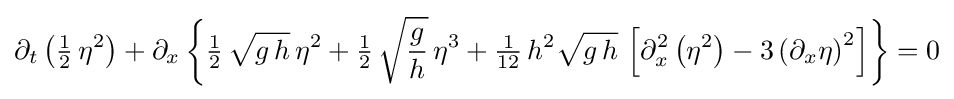
\partial _{t}\left({\tfrac {1}{2}}\,\eta ^{2}\right)+\partial _{x}\left\{{\tfrac {1}{2}}\,{\sqrt {g\,h}}\,\eta ^{2}+{\tfrac {1}{2}}\,{\sqrt {\frac {g}{h}}}\,\eta ^{3}+{\tfrac {1}{12}}\,h^{2}{\sqrt {g\,h}}\,\left[\partial _{x}^{2}\left(\eta ^{2}\right)-3\left(\partial _{x}\eta \right)^{2}\right]\right\}=0